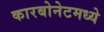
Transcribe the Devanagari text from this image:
कारबोनेटमध्ये